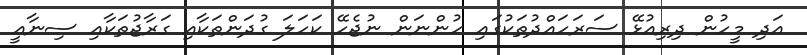
އަދި މީހުން ދިރިއުޅޭ ސަރަހައްދުތަކުގައި ހުންނަން ނުޖެހޭ ކަހަލަ ގުދަންތަކާއި ގަރާޖުތަކާއި ސިނާއީ